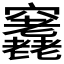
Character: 𥩊